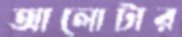
আলোটার